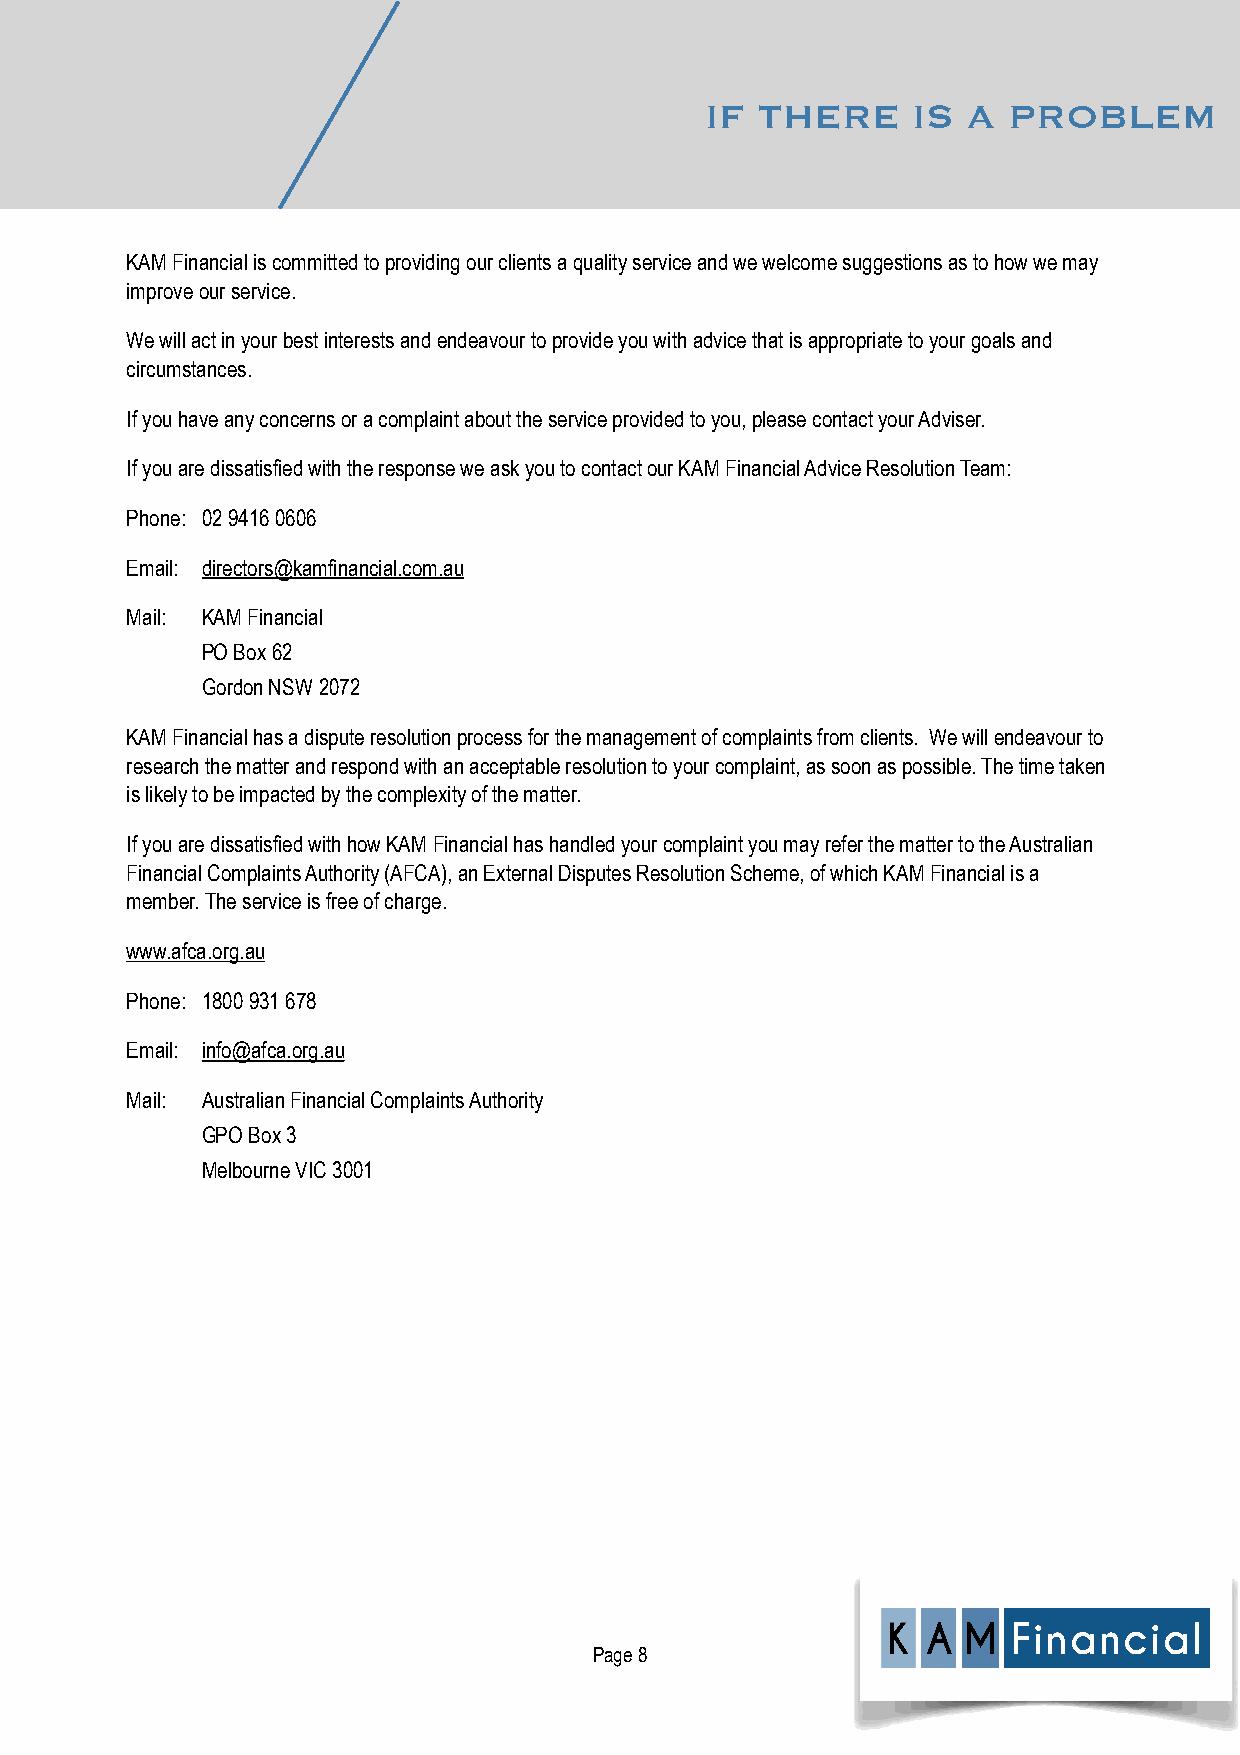
IF THERE     IS  A  PROBLEM
 KAM Financial is committed to providing our clients a quality service and we welcome suggestions as to how we may
 improve our service.
 We will act in your best interests and endeavour to provide you with advice that is appropriate to your goals and
 circumstances.
 If you have any concerns or a complaint about the service provided to you, please contact your Adviser.
 If you are dissatisfied with the response we ask you to contact our KAM Financial Advice Resolution Team:
 Phone: 02 9416 0606
 Email: directors@kamfinancial.com.au
 Mail: KAM Financial
 PO Box 62
 Gordon NSW 2072
 KAM Financial has a dispute resolution process for the management of complaints from clients. We will endeavour to
 research the matter and respond with an acceptable resolution to your complaint, as soon as possible. The time taken
 is likely to be impacted by the complexity of the matter.
 If you are dissatisfied with how KAM Financial has handled your complaint you may refer the matter to the Australian
 Financial Complaints Authority (AFCA), an External Disputes Resolution Scheme, of which KAM Financial is a
 member. The service is free of charge.
 www.afca.org.au
 Phone: 1800 931 678
 Email: info@afca.org.au
 Mail: Australian Financial Complaints Authority
 GPO Box 3
 Melbourne VIC 3001
 Page 8